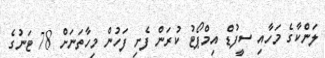
ލަންކާގެ މަހާއި ސީފުޑް އިމްޕޯޓު ކުރަން ފެށި ފަހުން މިހާތަނަށް 78 ޓަނުގެ